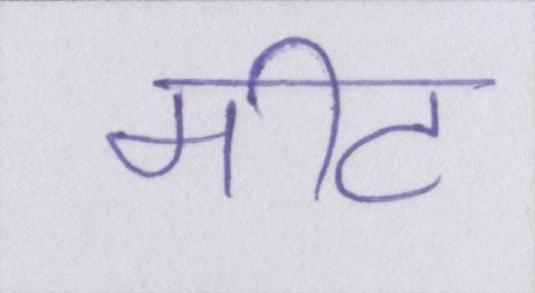
मीट